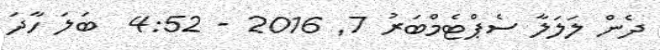
ދެން ލަލަލާ ސެޕްޓެމްބަރު 7